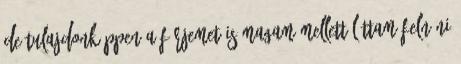
de tulajdonképpen a férjemet is magam mellett láttam felnőni